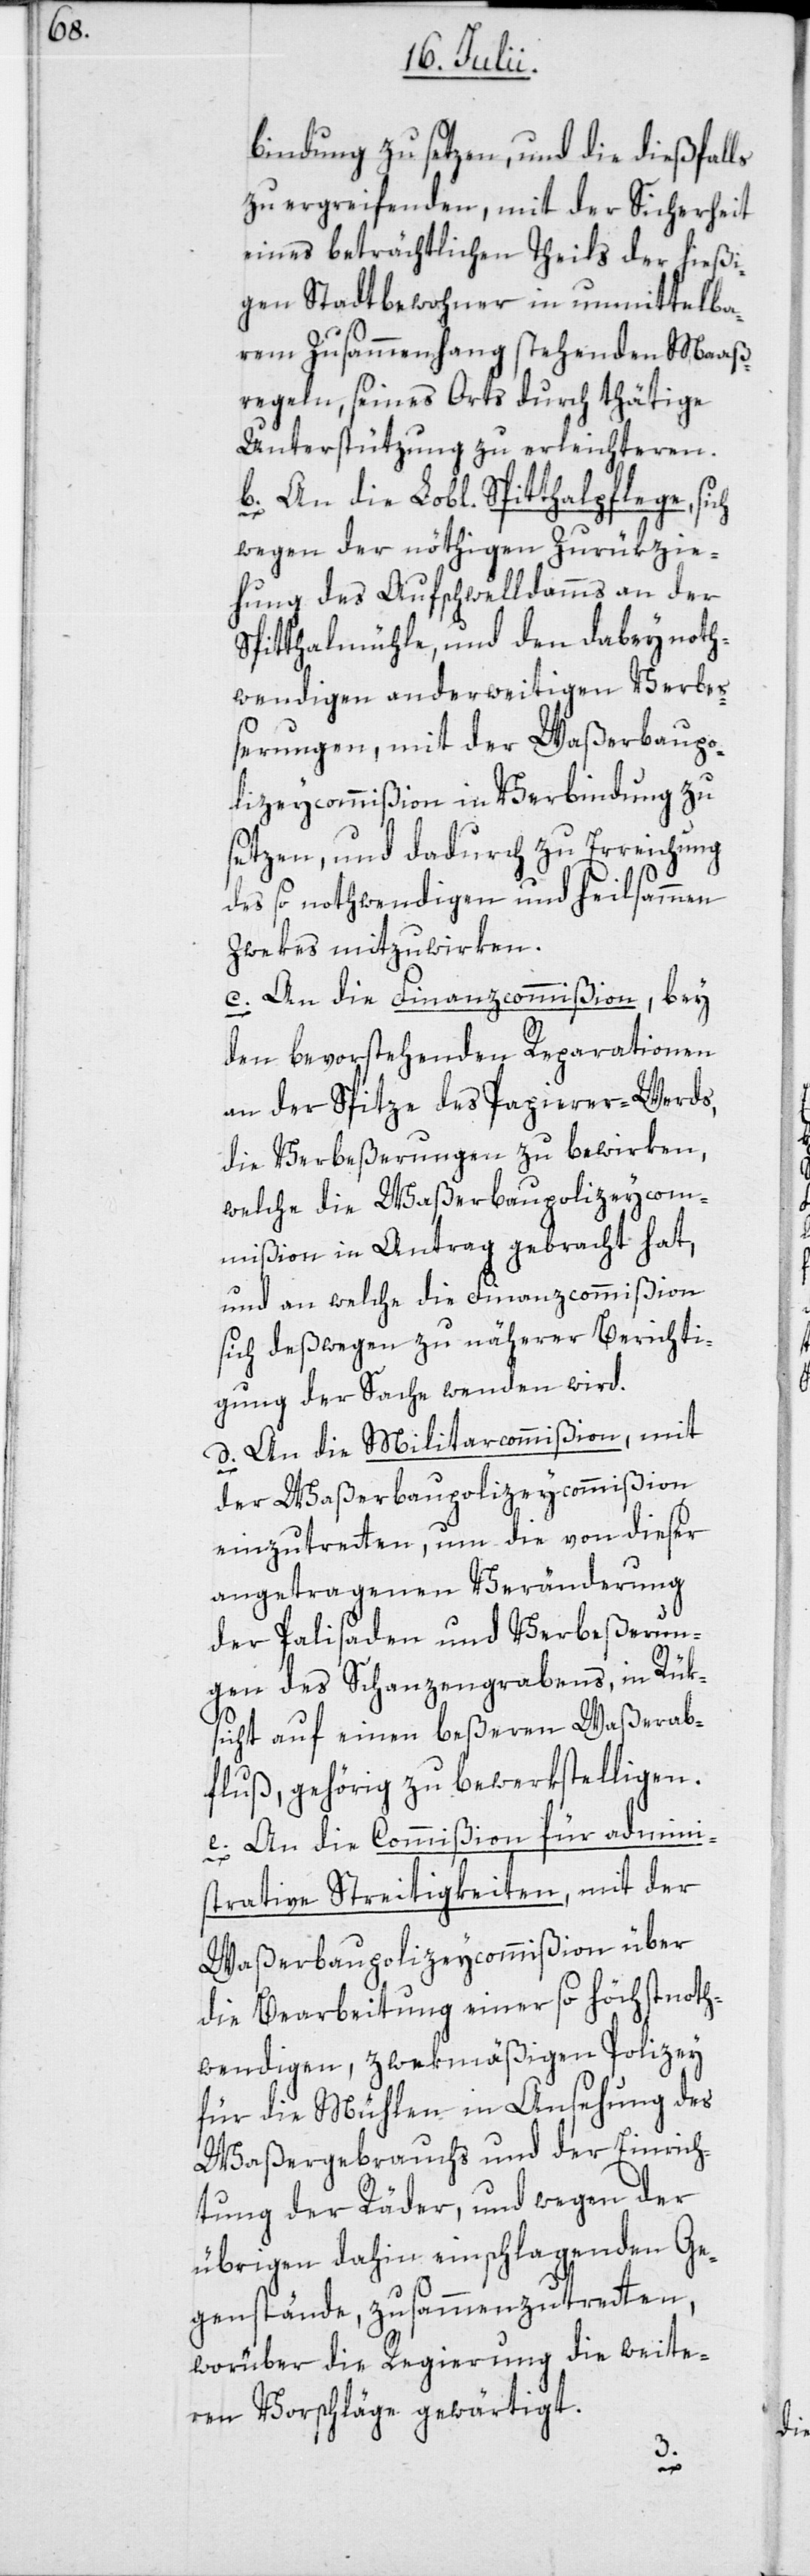
bindung zu setzen, und die dießfalls
zu ergreifenden, mit der Sicherheit
eines beträchtlichen Theils der hießi¬
gen Stadtbewohner in unmittelba¬
rem Zusammenhang stehenden Maaß¬
regeln, seines Orts durch thätige
Unterstützung zu erleichteren.
b. An die Lobl. Spitthalpflege, sich
wegen der nöthigen Zurükzie¬
hung des Aufschwelldamms an der
Spitthalmühle, und den dabey noth¬
wendigen anderweitigen Verbe¬
ßerungen, mit der Waßerbaupo¬
lizeycommißion in Verbindung zu
setzen, und dadurch zu Erreichung
des nothwendigen und heilsammen
Zwekes mitzuwirken.
c. An die Finanzcommißion, bey
den bevorstehenden Reparationen
an der Spitze des Papierer-Werds,
die Verbeßerungen zu bewirken,
welche die Waßerbaupolizeycom¬
mißion in Antrag gebracht hat,
und an welche die Finanzcommißion
sich deßwegen zu näherer Berichti¬
gung der Sache wenden wird.
d. An die Militarcommißion, mit
der Waßerbaupolizeycommißion
einzutretten, um die von dieser
angetragenen Veränderung
der Palisaden und Verbeßerun¬
gen des Schanzengrabens, in Rük¬
sicht auf einen beßeren Waßerab¬
fluß, gehörig zu bewerkstelligen.
e. An die Commißion für admini¬
strative Streitigkeiten, mit der
Waßerbaupolizeycommißion über
die Bearbeitung einer so höchstnoth¬
wendigen, zwekmäßigen Polizey
für die Mühlen in Ansehung des
Waßergebrauchs und der Einrich¬
tung der Räder, und wegen der
übrigen dahin einschlagenden Ge¬
genstände, zusammenzutretten,
worüber die Regierung die weite¬
ren Vorschläge gewärtigt.